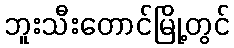
ဘူးသီးတောင်မြို့တွင်